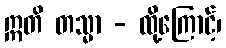
ဣတိ တသ္မာ - ထို့ကြောင့်၊